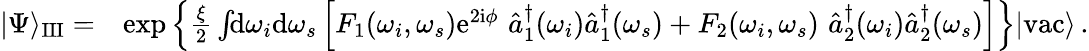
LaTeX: \begin{array}{rl}{|\Psi\rangle_{\mathrm{III}}=}&{\exp\left\{ \frac{\xi}{2}\int\! \! \mathrm{d}\omega_{i}\mathrm{d}\omega_{s}\left[F_{1}(\omega_{i},\omega_{s})\mathrm{e}^{2\mathrm{i}\phi}\, \, \hat{a}_{1}^{\dagger}(\omega_{i})\hat{a}_{1}^{\dagger}(\omega_{s})+F_{2}(\omega_{i},\omega_{s})\, \, \hat{a}_{2}^{\dagger}(\omega_{i})\hat{a}_{2}^{\dagger}(\omega_{s})\right]\right\} |\mathrm{vac}\rangle\, .}\end{array}